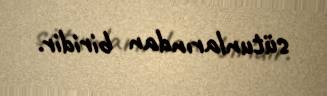
sütunlarından biridir.